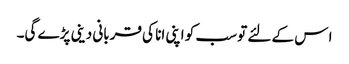
ا س کے لئے تو سب کو اپنی انا کی قربانی دینی پڑے گی۔